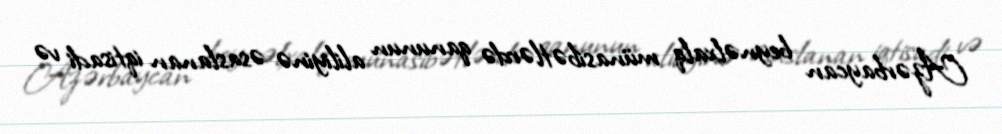
Azərbaycan beynəlxalq münasibətlərdə qanunun aliliyinə əsaslanan iqtisadi və